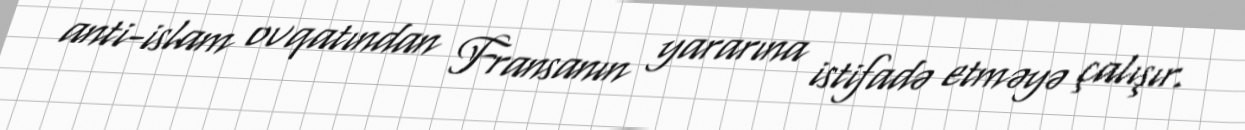
anti-islam ovqatından Fransanın yararına istifadə etməyə çalışır.